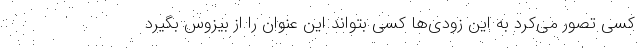
کسی تصور می‌کرد به این زودی‌ها کسی بتواند این عنوان را از بیزوس بگیرد